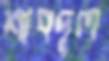
শাবদুল